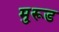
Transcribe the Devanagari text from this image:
मु्रूड